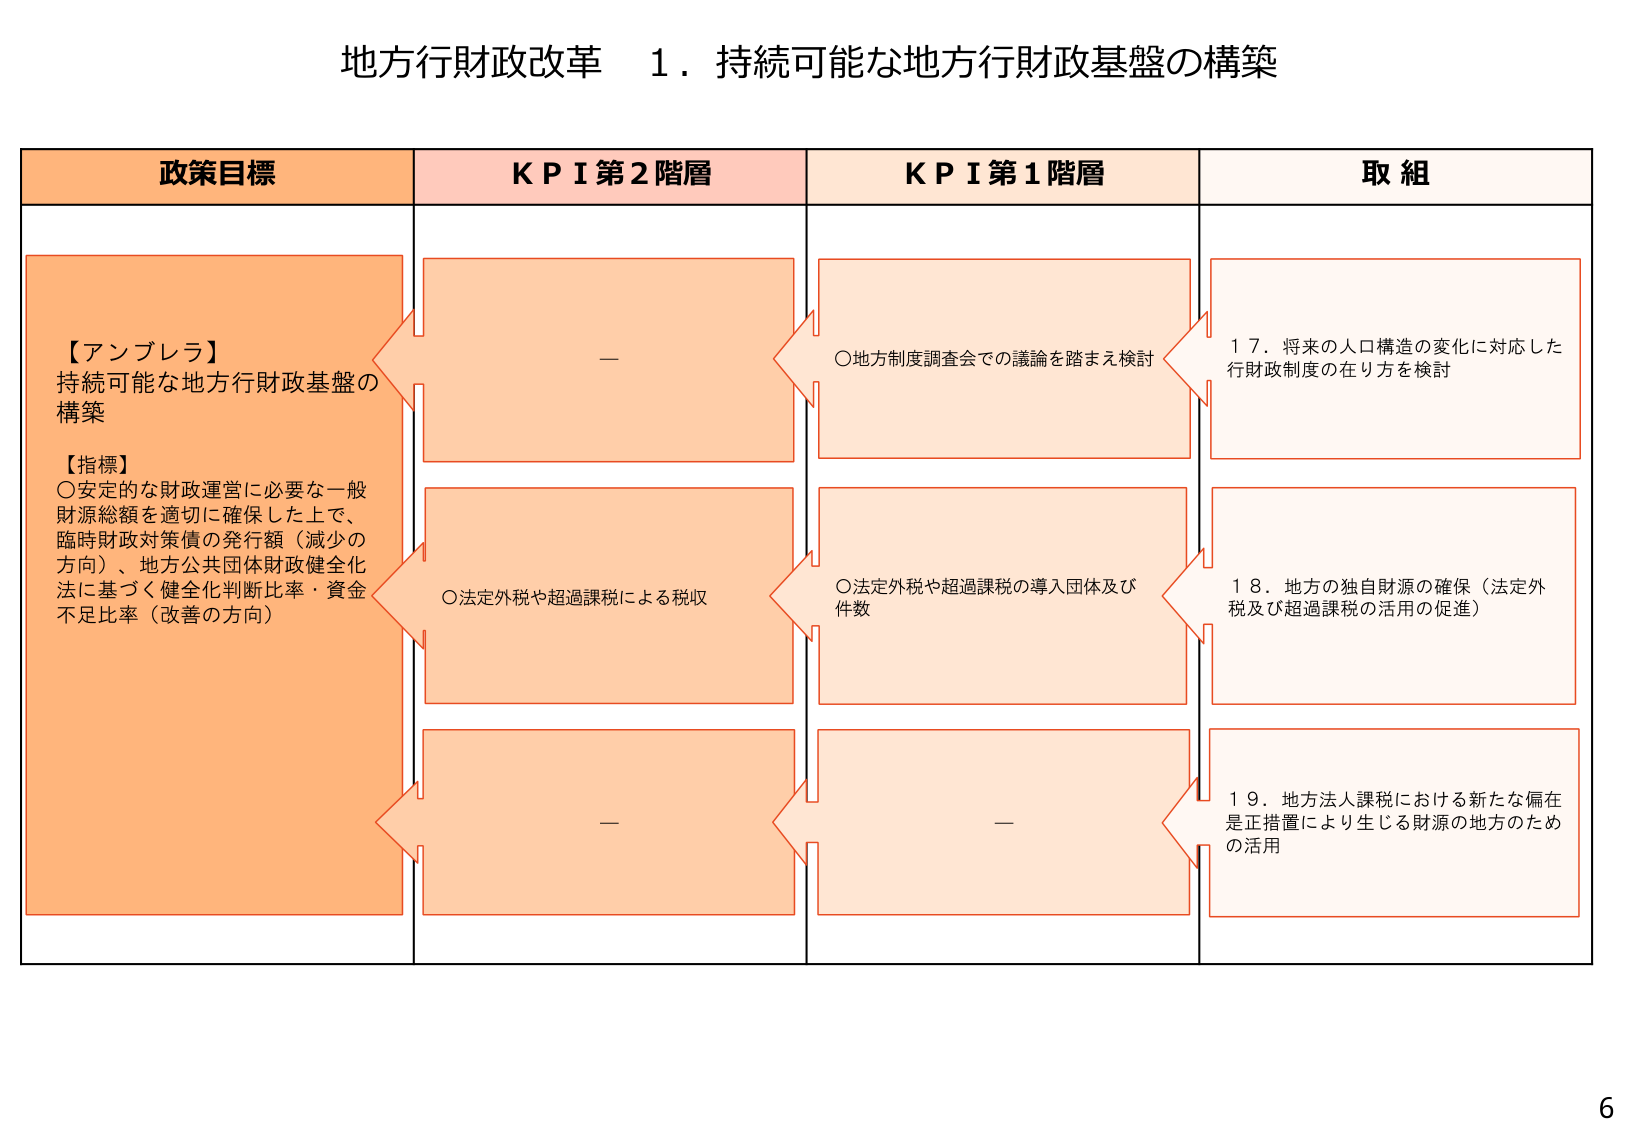
地方行財政改革 １．持続可能な地方行財政基盤の構築

政策目標
【アンブレラ】
持続可能な地方行財政基盤の
構築
【指標】
〇安定的な財政運営に必要な一般
財源総額を適切に確保した上で、
臨時財政対策債の発行額（減少の
方向）、地方公共団体財政健全化
法に基づく健全化判断比率・資金
不足比率（改善の方向）

ＫＰＩ第２階層
－
〇法定外税や超過課税による税収
－

ＫＰＩ第１階層
〇地方制度調査会での議論を踏まえ検討
〇法定外税や超過課税の導入団体及び
件数
－

取組
１７．将来の人口構造の変化に対応した
行財政制度の在り方を検討
１８．地方の独自財源の確保（法定外
税及び超過課税の活用の促進）
１９．地方法人課税における新たな偏在
是正措置により生じる財源の地方のため
の活用

6